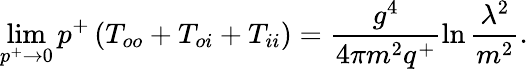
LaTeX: \operatorname*{lim}_{p^{+}\rightarrow 0}p^{+}\left(T_{oo}+T_{oi}+T_{ii}\right)=\frac{g^{4}}{4\pi m^{2}q^{+}}\ln\frac{\lambda^{2}}{m^{2}}.